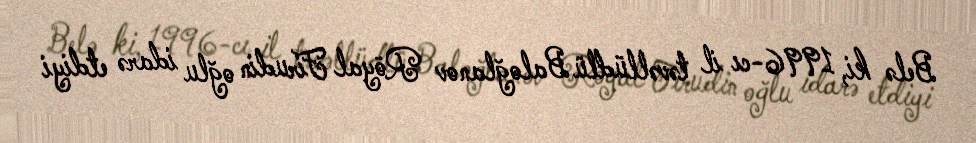
Belə ki, 1996-cı il təvəllüdlü Baloğlanov Röyal Firudin oğlu idarə etdiyi